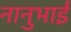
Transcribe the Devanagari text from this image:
नानुभाई